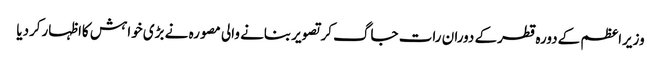
وزیراعظم کےدورہ قطرکے دوران رات جاگ کرتصویربنانے والی مصورہ نے بڑی خواہش کااظہارکردیا